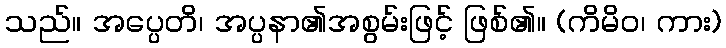
သည်။ အပ္ပေတိ၊ အပ္ပနာ၏အစွမ်းဖြင့် ဖြစ်၏။ (ကိမိဝ၊ ကား)